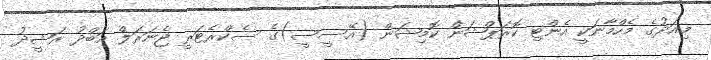
މިއަދުގެ މެހްމާނަކީ އެންޓި ކޮރަޕްޝަން ކޮމިޝަން (އޭސީސީ)ގެ ސެކްރެެޓަރީ ޖެނަރަލް އަބްދު ރަޝީދު